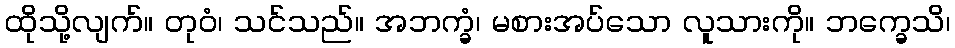
ထိုသို့လျက်။ တုဝံ၊ သင်သည်။ အဘက္ခံ၊ မစားအပ်သော လူသားကို။ ဘက္ခေသိ၊